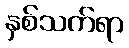
နှစ်သက်ရာ